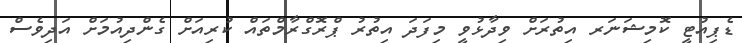
ޑެޕިއުޓީ ކޮމިޝަނަރ އިތުރަށް ވިދާޅުވީ މިފަދަ އިތުރު ޕްރޮގްރާމްތައް ކުރިއަށް ގެންދިއުމަށް އަދިވެސް